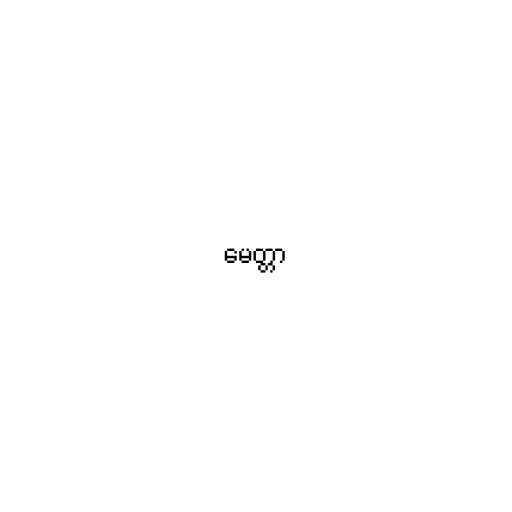
မေတ္တာ